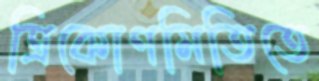
ত্রিকোণমিতিতে